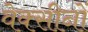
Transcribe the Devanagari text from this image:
वेक्सीनों